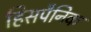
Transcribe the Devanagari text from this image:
हिसपैनिक